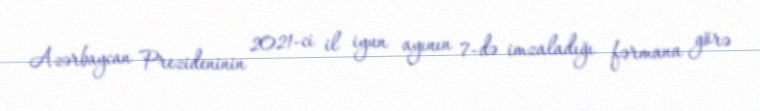
Azərbaycan Prezideninin 2021-ci il iyun ayının 7-də imzaladığı fərmana görə